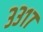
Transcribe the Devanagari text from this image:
३३१७